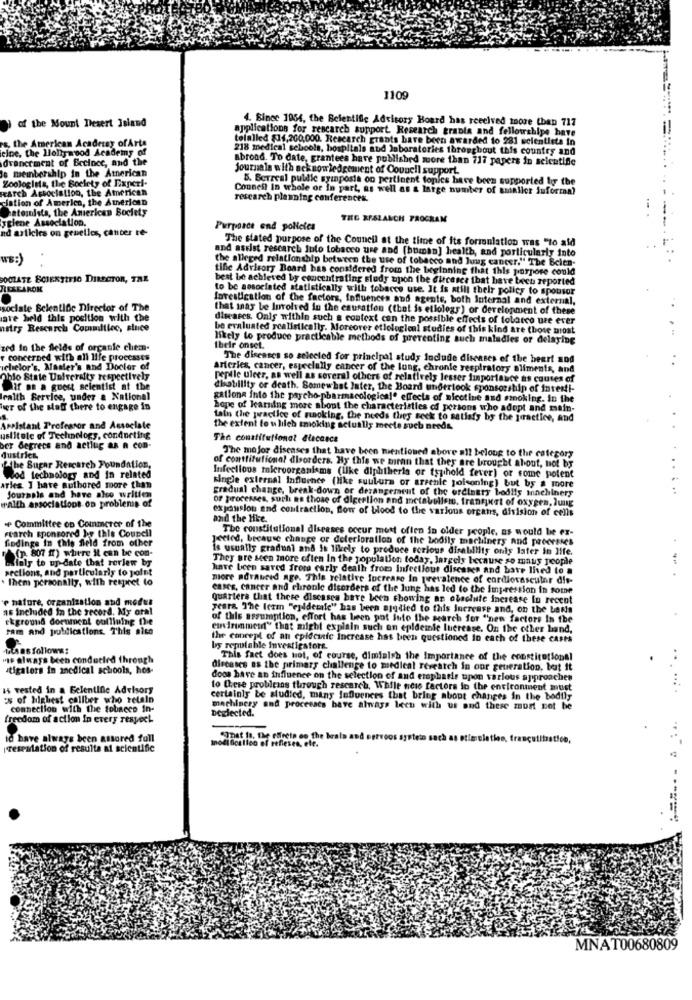
1109
of the Mount Desert Island
4. Since 1954, the Belentific Advisory Board has received inore (hap 717
applications for research support. Research tranla and fellowships have
re, the American Acadeiay ofArts
telalled $14,200,000. Research grants bare been awarded to 281 scientists in
eine, the Hollywood Academy of
218 medical schools, hospitals and laboratories throughout this country and
drancement of Eccince, and the
abroad. To date, grantees have published more than 717 papers in scientific
le meinbership in the Atnerican
journals with acknowledgement of Council support.
Zoologiets, the Society of Experi-
B. Berreal pullle symposia on pertinent topics have been supported by the
warch Association, the American
Connell In whole or In part, as well as a large number of smaller informal
ciation of America, the American
rescarch planning conferences.
atomuista, the American Society
yglene Association.
THE REALANCH PROGRAM
nd articles on geuelles, canter re-
Purposce and policies
The stated purpose of the Council at the time of its formulation was "to ald
and assist rescarch Juto tobacco ure and (buman] health, and particularly into
WS:
the alleged relationship between the use of tobacco and lung cancer." The Scien-
tifie Advisory Board has considered from the beginning that this purpose could
POCLATE BOEKTIFIO DIRECTOR, TRE
best be achieved by concentrating study upon the circases that have been reported
RESEAROK
to be associated statistically will tobacco use. It is still their policy to sponsor
Investigation of the factors, Influences and agente, both Internal and external,
sociale Scientific Director of The
that inay be Involved in the causation (that is etlolegs ) or development of these
are held this position with the
diseases. Only within such a context can the possible effects of folatco ure ever
nutry Rescarch Commillicc, since
be evaluated realistically. Moreover etlological studies of this kind are those most
likely to produce practicable methods of preventing auch maladies or delaying
zed in the fields of orcanle clean-
their onset.
concerned with all life processes
The diseases so selected for principal study indude diseases of the beeri sod
ichelor's. Master's and Doctor of
arteries, cancer, especially cancer of the lung, chronle respiratory aliments, and
Ohio State University respectively
pepile ulcer, as well as several others of relatively lesser finportance as causes of
Dif on a guest scientist at the
dhatillity or death. Somewhat later, the Board undertook sponsorship of investi-
Icalth Service, under a National
gallons into the psycho-pharmacological" effects of nicotine and smoking. in the
hier of the staff there to engage in
hope of learning more about the characteristics of persons who adopt and main-
tain the practice of nunoking, the needs they seck to satisfy by the juactice, and
Assistant Professor and Associate
the extent to w lilch smoking actually meete such needs,
ustitele of Technology, conducting
The constitutional dlecasca
ber degrees and actlug as a con-
dustrien
The mejor diseases that have been mentioned above all belong to the category
The Sugar Research Foundation,
of contlituficaal disorders. Hy this we mean that they are brought about, not by
Wod technology and in related
Infectious microorganisms (Like diphtheris or typhoid fever) or come potent
arles I have authored more than
single external influence (like suubura or arrenle poisoning) but by a more
gradual change, break-down or derangement of the ordinary bodlis machinery
walth associations on problemis of
Journals and have also written
or processes, such as those of digestion and metabolism. frantyet of oxygen, lung
expansion and contraction, flow of blood to the various organs, division of cells
and the like.
starch sponsored by this Coupell
e Committee on Commerer of the
The constitutional diseases occur most oflen in older people, as would be ex-
findings in this field from other
Jected, because change or deterioration of the bodily machinery and processes
is usually gradual and is likeis to produce serious disabilis only later in life.
(p. 807 ") where it can be com-
They are seen more often In the population today, largely because so maus people
sections, and particularly to point
Binly to up-date that rorlew by
have been saved from carly dealh from Infectious diseases and have lived to a
. Them personally, with respret to
more advanced age. This relative Increase In prevalence of cardiovascular die-
cases, cancer and elironie disorders of the lung has led to the impression in some
'e nature, organization and modul
quarters that these diseases have been showing an olschuite increase in recent
as included in the record. My oral
years. The term "epidemie" has been ajodied to this Increase and, on the Lens
ekground dornment outlining the
of this assumption, effort has been pot into the search for "new factors In the
ram and publications. This site
cuirimment" that might explain such on epidemie luerease. On the other hand,
the concept of an cpifcufc increase has been questioned io eath of these cases
LaLA as follows:
by reputable Investigators.
"is always been conducted through
This fact does not, of course, diminish the Importance of the constitutional
stigalors in anedical schools, hos-
diseases as the primary challenge to medical Tereatch in our generation, best it
doos have an influence on the selection of and eropbasis upon various approaches
is vested in a Bclentine Advisors
to these probleins through research, While nese factors in the environment must
es of highest caliber who retain
certainly be studied, many fofuences that bring about changes in the bodily
connection with the tobacco In-
machinery and processes have always been with us and these mort not be
Deelected.
freedom of action In every respect
id have always been assured full
modification of refieres, ele.
SInet la, the effrete eo the brals and eervoos systein such as otimeleties, francutitastion,
respiration of resulta at scientific
MNAT00680809